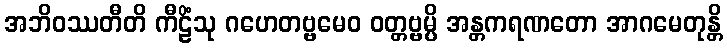
အဘိဝဿတီတိ ကီဠိံသု ဂဟေတဗ္ဗမေဝ ဝတ္တဗ္ဗမ္ပိ အန္တကရဏတော အာဂမေတုန္တိ